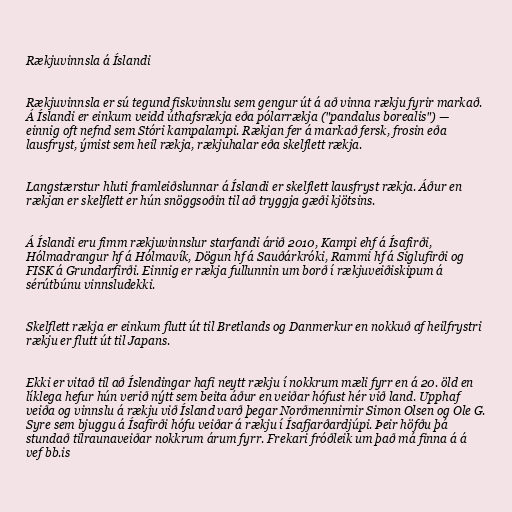
Rækjuvinnsla á Íslandi

Rækjuvinnsla er sú tegund fiskvinnslu sem gengur út á að vinna rækju fyrir markað.
Á Íslandi er einkum veidd úthafsrækja eða pólarrækja ("pandalus borealis") —
einnig oft nefnd sem Stóri kampalampi. Rækjan fer á markað fersk, frosin eða
lausfryst, ýmist sem heil rækja, rækjuhalar eða skelflett rækja.

Langstærstur hluti framleiðslunnar á Íslandi er skelflett lausfryst rækja. Áður en
rækjan er skelflett er hún snöggsoðin til að tryggja gæði kjötsins.

Á Íslandi eru fimm rækjuvinnslur starfandi árið 2010, Kampi ehf á Ísafirði,
Hólmadrangur hf á Hólmavík, Dögun hf á Sauðárkróki, Rammi hf á Siglufirði og
FISK á Grundarfirði. Einnig er rækja fullunnin um borð í rækjuveiðiskipum á
sérútbúnu vinnsludekki.

Skelflett rækja er einkum flutt út til Bretlands og Danmerkur en nokkuð af heilfrystri
rækju er flutt út til Japans.

Ekki er vitað til að Íslendingar hafi neytt rækju í nokkrum mæli fyrr en á 20. öld en
líklega hefur hún verið nýtt sem beita áður en veiðar hófust hér við land. Upphaf
veiða og vinnslu á rækju við Ísland varð þegar Norðmennirnir Simon Olsen og Ole G.
Syre sem bjuggu á Ísafirði hófu veiðar á rækju í Ísafjarðardjúpi. Þeir höfðu þá
stundað tilraunaveiðar nokkrum árum fyrr. Frekari fróðleik um það má finna á á
vef bb.is